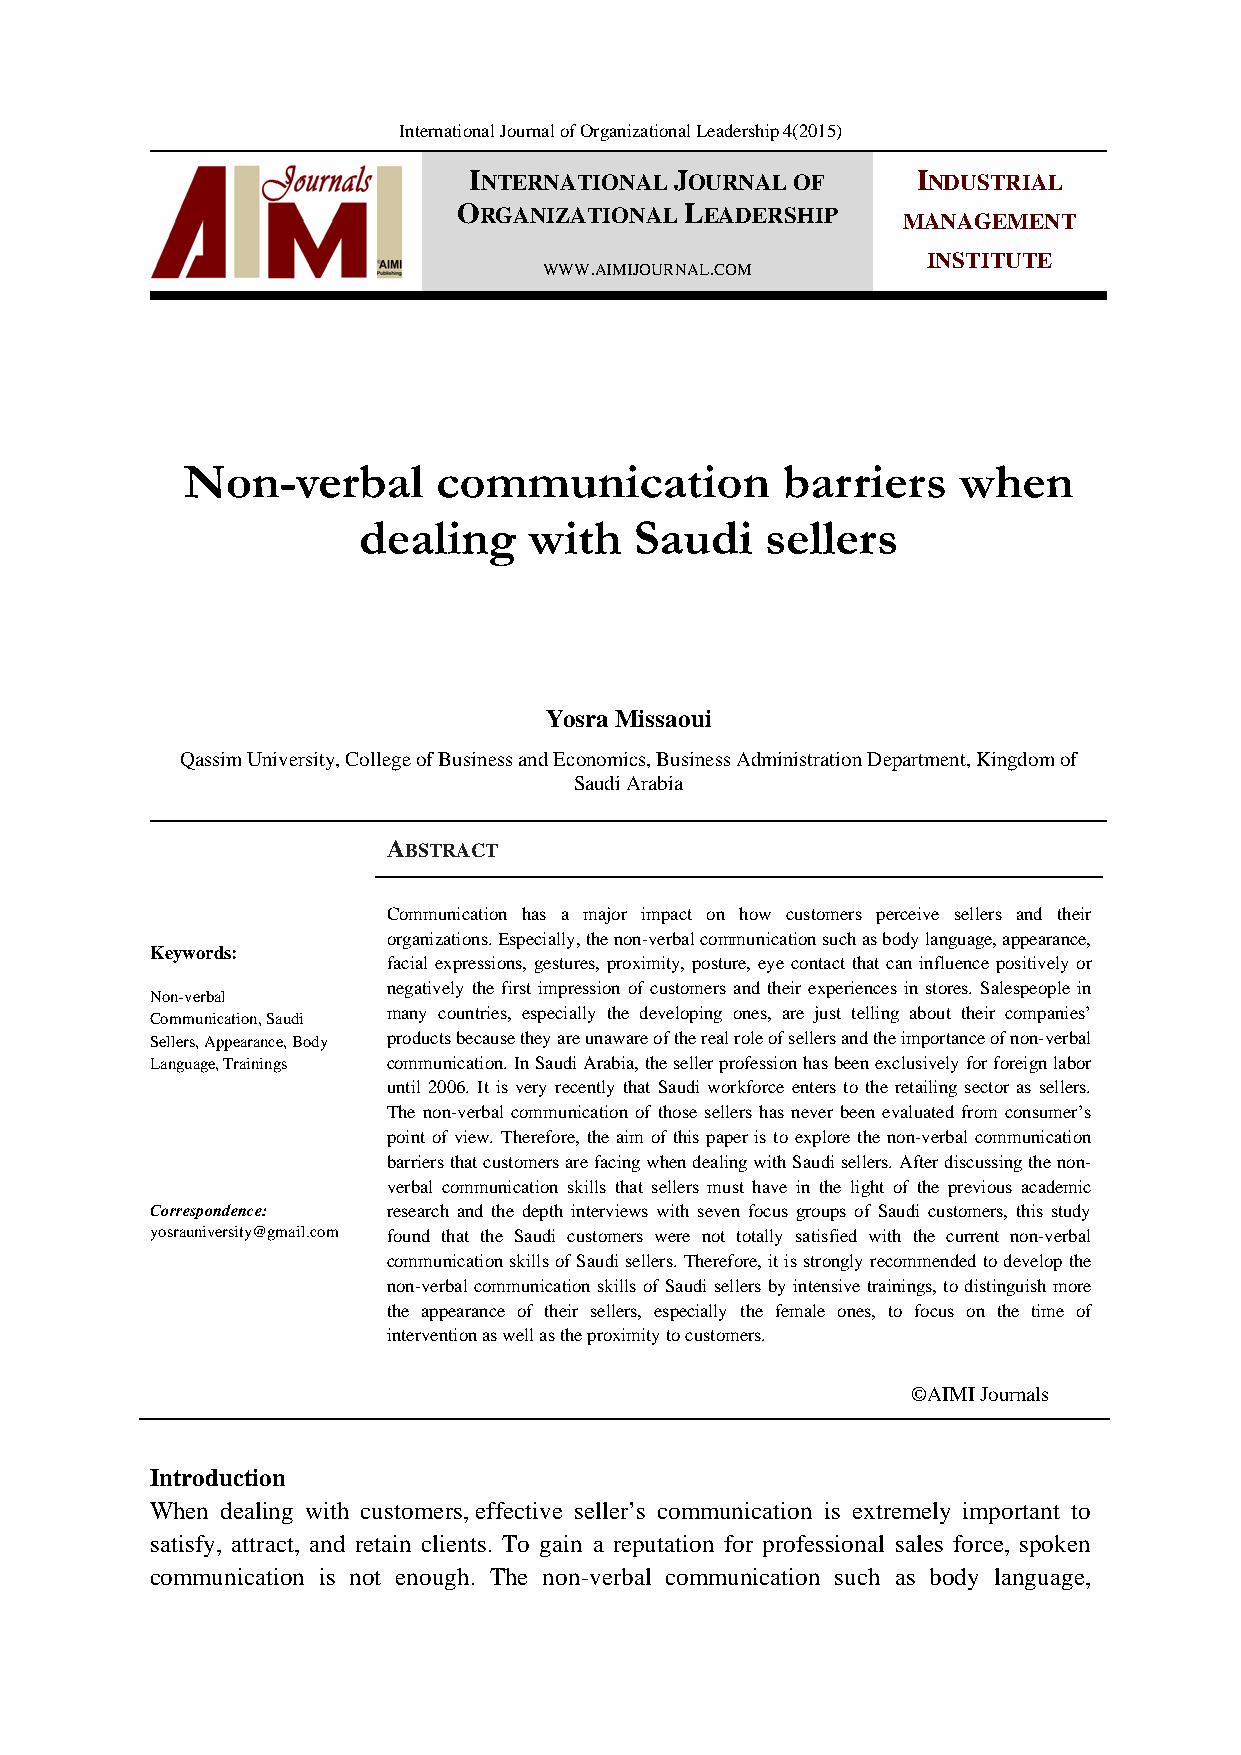
International Journal of Organizational Leadership 4(2015)
 INTERNATIONAL JOURNAL OF      INDUSTRIAL
 ORGANIZATIONAL LEADERSHIP
 MANAGEMENT
 WWW.AIMIJOURNAL.COM
 INSTITUTE
 Non-verbal       communication          barriers   when
 dealing    with   Saudi    sellers
 Yosra Missaoui
 Qassim University, College of Business and Economics, Business Administration Department, Kingdom of
 Saudi Arabia
 ABSTRACT
 Communication has a major impact on how customers perceive sellers and their
 organizations. Especially, the non-verbal communication such as body language, appearance,
 Keywords:
 facial expressions, gestures, proximity, posture, eye contact that can influence positively or
 negatively the first impression of customers and their experiences in stores. Salespeople in
 Non-verbal
 many countries, especially the developing ones, are just telling about their companies’
 Communication, Saudi
 Sellers, Appearance, Body products because they are unaware of the real role of sellers and the importance of non-verbal
 Language, Trainings communication. In Saudi Arabia, the seller profession has been exclusively for foreign labor
 until 2006. It is very recently that Saudi workforce enters to the retailing sector as sellers.
 The non-verbal communication of those sellers has never been evaluated from consumer’s
 point of view. Therefore, the aim of this paper is to explore the non-verbal communication
 barriers that customers are facing when dealing with Saudi sellers. After discussing the non-
 verbal communication skills that sellers must have in the light of the previous academic
 Correspondence: research and the depth interviews with seven focus groups of Saudi customers, this study
 yosrauniversity@gmail.com found that the Saudi customers were not totally satisfied with the current non-verbal
 communication skills of Saudi sellers. Therefore, it is strongly recommended to develop the
 non-verbal communication skills of Saudi sellers by intensive trainings, to distinguish more
 the appearance of their sellers, especially the female ones, to focus on the time of
 intervention as well as the proximity to customers.
 ©AIMI Journals
 Introduction
 When dealing with customers, effective seller’s communication is extremely important to
 satisfy, attract, and retain clients. To gain a reputation for professional sales force, spoken
 communication is not enough. The non-verbal communication such as body language,